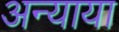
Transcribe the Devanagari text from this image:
अन्याया